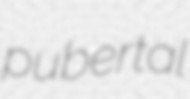
pubertal